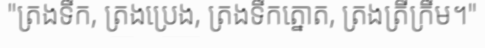
"ត្រងទឹក, ត្រងប្រេង, ត្រងទឹកត្នោត, ត្រងត្រីក្រឹម។"